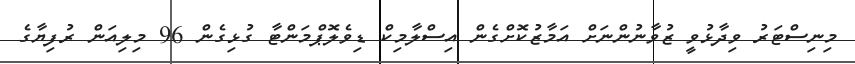
މިނިސްޓަރު ވިދާޅުވީ ޒުވާނުންނަށް އަމާޒުކޮށްގެން އިސްލާމިކް ޑިވެލޮޕްމަންޓާ ގުޅިގެން 96 މިލިއަން ރުފިޔާގެ